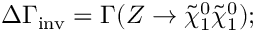
\Delta \Gamma _ { \mathrm { i n v } } = \Gamma ( Z \rightarrow \tilde { \chi } _ { 1 } ^ { 0 } \tilde { \chi } _ { 1 } ^ { 0 } ) ;